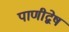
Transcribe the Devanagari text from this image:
पाणीद्वेष